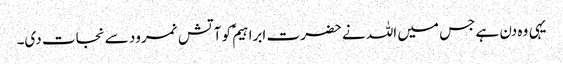
یہی وہ دن ہے جس میں اللہ نے حضرت ابراہیمؑ کو آتش نمرود سے نجات دی۔